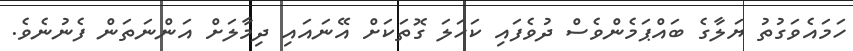
ހަމައެވަގުތު ޔަލާގެ ބައްޕަމެންވެސް ދުވެފައި ކަހަލަ ގޮތަކަށް އޭނައައި ދިމާލަށް އަންނަތަން ފެނުނެވެ.